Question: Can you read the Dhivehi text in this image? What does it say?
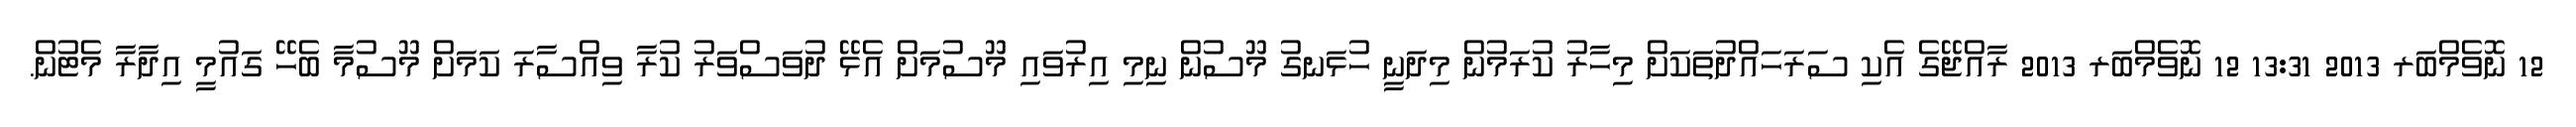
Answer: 12 ނޮވެމްބަރ 2013 13:31 12 ނޮވެމްބަރ 2013 ރާއްޖޭގެ އެކި ސަރަހައްދުތަކަށް މިހާރު ކުރަމުން މިދަނީ ހުޅަނގު މޫސުން ނިމި އިރުވައި މޫސުމަށް އެޅޭ ދުވަސްވަރު ކުރާ ވިއްސާރަ ކަމަށް މޫސުމާ ބެހޭ ގައުމީ އިދާރާ މެޓުން.